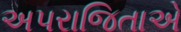
અપરાજિતાએ